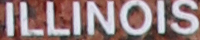
ILLINOIS